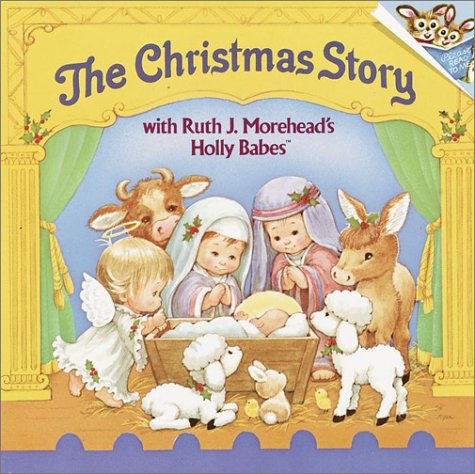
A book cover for The Christmas Story with Ruth J. Morehead's Holly Babes (Pictureback(R)); Ruth J. Morehead; Christian Books & Bibles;